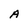
Character: A